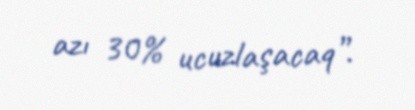
azı 30% ucuzlaşacaq”.